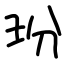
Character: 玢